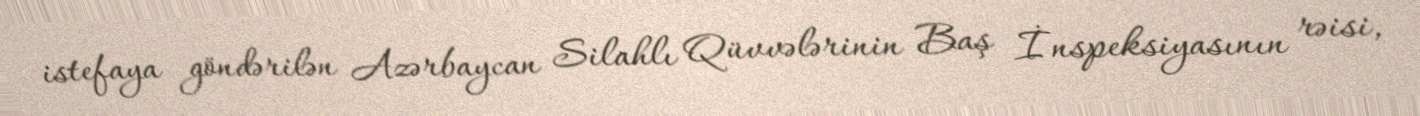
istefaya göndərilən Azərbaycan Silahlı Qüvvələrinin Baş İnspeksiyasının rəisi,